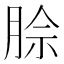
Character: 𪱡